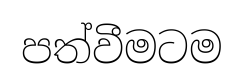
පත්වීමටම